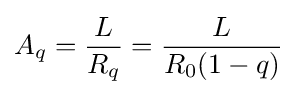
A_{q}={\frac {L}{R_{q}}}={\frac {L}{R_{0}(1-q)}}